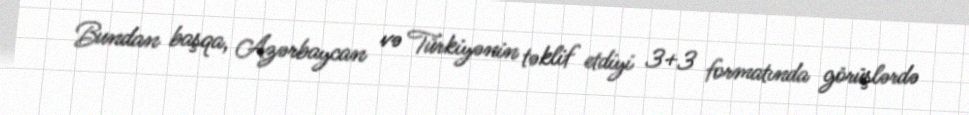
Bundan başqa, Azərbaycan və Türkiyənin təklif etdiyi 3+3 formatında görüşlərdə